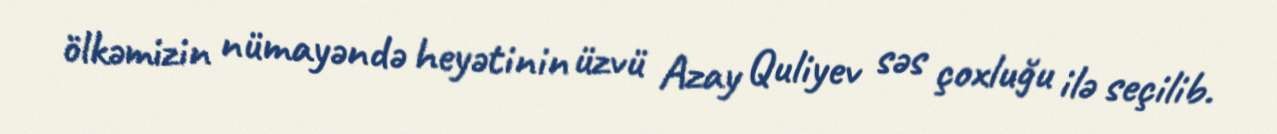
ölkəmizin nümayəndə heyətinin üzvü Azay Quliyev səs çoxluğu ilə seçilib.